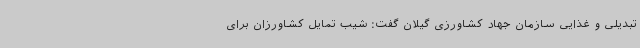
تبدیلی و غذایی سازمان جهاد کشاورزی گیلان گفت: شیب تمایل کشاورزان برای